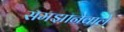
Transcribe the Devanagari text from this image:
समझानेवाले